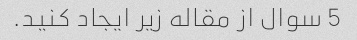
5 سوال از مقاله زیر ایجاد کنید.